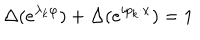
\Delta ( e ^ { \lambda _ { k } \varphi } ) + \Delta ( e ^ { i p _ { k } \cdot x } ) = 1